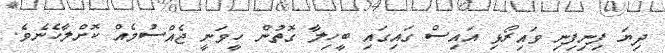
ދިޔަ ފިނިފިނި ވައިރޯޅި އައިސް ގައިގައި ބީހިލާ ގޮތުން ހީވަނީ ޖެއްސުމެއް ކޮށްލާހެނެވެ.